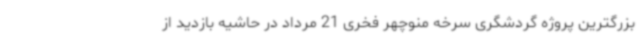
بزرگترین پروژه گردشگری سرخه منوچهر فخری 21 مرداد در حاشیه بازدید از